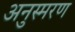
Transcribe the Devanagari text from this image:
अनुस्मरण